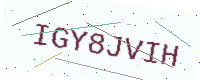
Text: IGY8JVIH